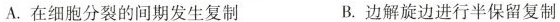
A.在细胞分裂的间期发生复制 B.边解旋边进行半保留复制